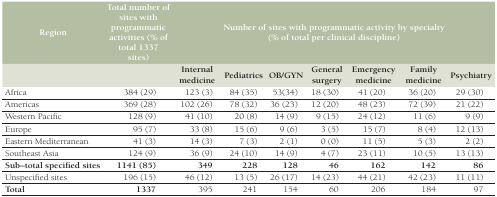
| Region | Total number of sites with programmatic activities (% of total 1337 sites) | <COLSPAN=7> Number of sites with programmatic activity by specialty (% of total per clinical discipline) |
 | --- | --- | --- | --- | --- | --- | --- | --- | --- |
 |  |  | Internal medicine | Pediatrics | OB/GYN | General surgery | Emergency medicine | Family medicine | Psychiatry |
 | Africa | 384 (29) | 123 (3) | 84 (35) | 53(34) | 18 (30) | 41 (20) | 36 (20) | 29 (30) |
 | Americas | 369 (28) | 102 (26) | 78 (32) | 36 (23) | 12 (20) | 48 (23) | 72 (39) | 21 (22) |
 | Western Pacific | 128 (9) | 41 (10) | 20 (8) | 14 (9) | 9 (15) | 24 (12) | 11 (6) | 9 (9) |
 | Europe | 95 (7) | 33 (8) | 15 (6) | 9 (6) | 3 (5) | 15 (7) | 8 (4) | 12 (13) |
 | Eastern Mediterranean | 41 (3) | 14 (3) | 7 (3) | 2 (1) | 0 (0) | 11 (5) | 5 (3) | 2 (2) |
 | Southeast Asia | 124 (9) | 36 (9) | 24 (10) | 14 (9) | 4 (7) | 23 (11) | 10 (5) | 13 (13) |
 | Sub–total specified sites | 1141 (85) | 349 | 228 | 128 | 46 | 162 | 142 | 86 |
 | Unspecified sites | 196 (15) | 46 (12) | 13 (5) | 26 (17) | 14 (23) | 44 (21) | 42 (23) | 11 (11) |
 | Total | 1337 | 395 | 241 | 154 | 60 | 206 | 184 | 97 |